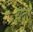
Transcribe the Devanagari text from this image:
यदो